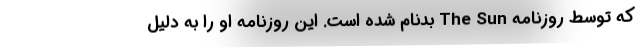
که توسط روزنامه The Sun بدنام شده است. این روزنامه او را به دلیل